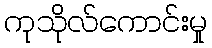
ကုသိုလ်ကောင်းမှု